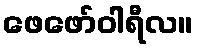
ဖေဖော်ဝါရီလ။